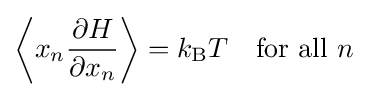
\left\langle x_{n}{\frac {\partial H}{\partial x_{n}}}\right\rangle =k_{\text{B}}T\quad {\text{for all }}n